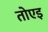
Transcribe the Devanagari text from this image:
तोएइ